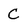
Character: C